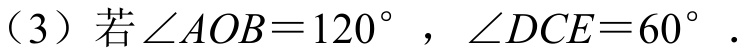
（3）若\(\angle AOB = 120^{\circ}\) ，\(\angle DCE = 60^{\circ}\) .